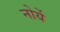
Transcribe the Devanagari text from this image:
नोर्ये